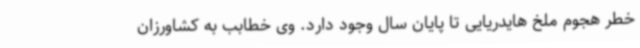
خطر هجوم ملخ هایدریایی تا پایان سال وجود دارد. وی خطابب به کشاورزان